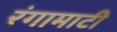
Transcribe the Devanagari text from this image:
रंगामाटी